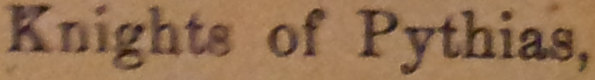
Knights of Pythias.